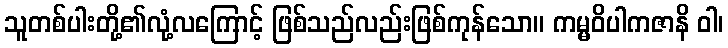
သူတစ်ပါးတို့၏လုံ့လကြောင့် ဖြစ်သည်လည်းဖြစ်ကုန်သော။ ကမ္မဝိပါကဇာနိ ဝါ၊